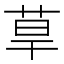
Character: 䓍